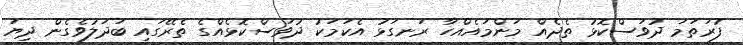
ފުރަތަމަ ދުވަސްކޮޅު ތެދެއް މަންމައެއްހާ ރަނގަޅު އެކަމަކު ދުވަސްކޮޅެއްގެ ތެރޭގައި ބަދަލުވެގެން ދިޔަ